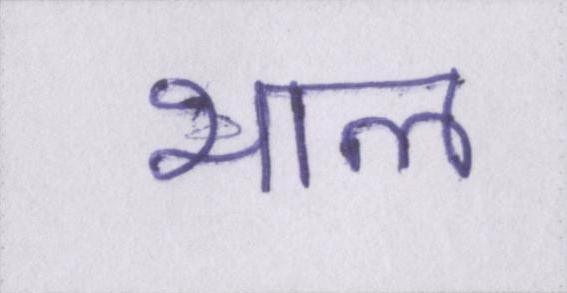
भाल